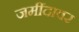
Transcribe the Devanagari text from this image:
जमींदावर